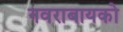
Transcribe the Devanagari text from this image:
नवराबायको